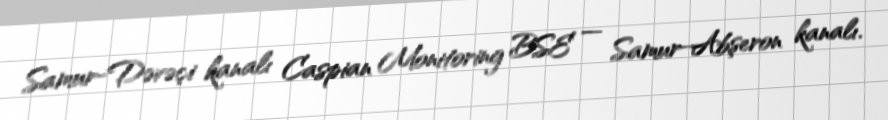
Samur-Dəvəçi kanalı Caspian Monitoring BSE — Samur-Abşeron kanalı.